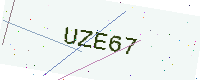
Text: UZE67